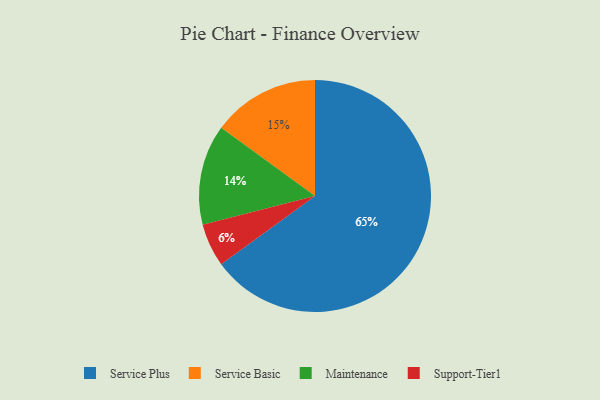
{"axis": {"x": "Category", "y": "Percentage"}, "legend": ["Maintenance", "Service Basic", "Service Plus", "Support-Tier1"], "data": [{"x": "Maintenance", "y": 14, "type": "Maintenance"}, {"x": "Service Plus", "y": 65, "type": "Service Plus"}, {"x": "Service Basic", "y": 15, "type": "Service Basic"}, {"x": "Support-Tier1", "y": 6, "type": "Support-Tier1"}]}